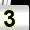
Digit: 3